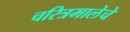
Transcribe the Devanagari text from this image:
चरित्रमालेचे